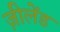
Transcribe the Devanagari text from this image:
ज़ीलेंड